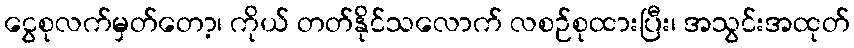
ငွေစုလက်မှတ်တော့၊ ကိုယ် တတ်နိုင်သလောက် လစဉ်စုထားပြီး၊ အသွင်းအထုတ်